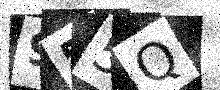
Text: 955Q